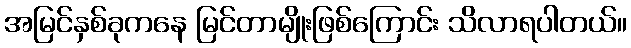
အမြင်နှစ်ခုကနေ မြင်တာမျိုးဖြစ်ကြောင်း သိလာရပါတယ်။